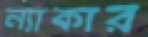
ন্যাকার